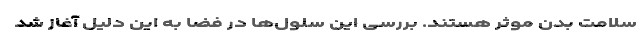
سلامت بدن موثر هستند. بررسی این سلول‌ها در فضا به این دلیل آغاز شد